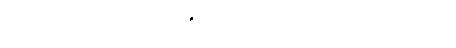
စေတီတော်အား ပူဇော်ရသော အကျိုးပြဂါထာများ။